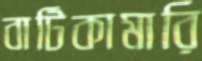
বাটিকামারি